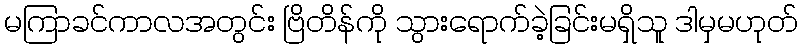
မကြာခင်ကာလအတွင်း ဗြိတိန်ကို သွားရောက်ခဲ့ခြင်းမရှိသူ ဒါမှမဟုတ်